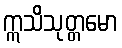
ဣသိသုတ္တမော